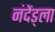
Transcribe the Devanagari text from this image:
नंदेंड्ला